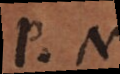
P. N.